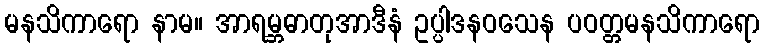
မနသိကာရော နာမ။ အာရမ္ဘဓာတုအာဒီနံ ဥပ္ပါဒနဝသေန ပဝတ္တမနသိကာရော